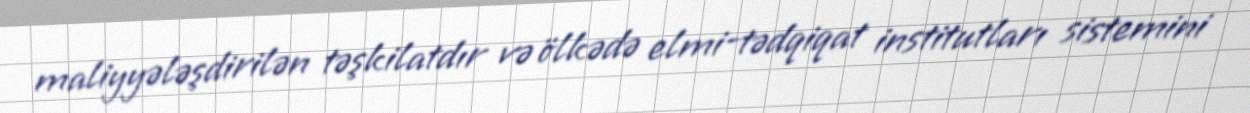
maliyyələşdirilən təşkilatdır və ölkədə elmi-tədqiqat institutları sistemini